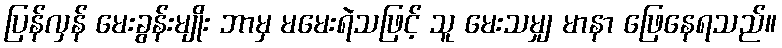
ပြန်လှန် မေးခွန်းမျိုး ဘာမှ မမေးရဲသဖြင့် သူ မေးသမျှ မာနာ ဖြေနေရသည်။